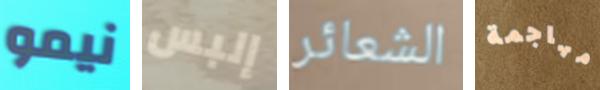
نيمو إلبس الشعائر مهاجمة